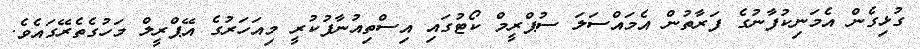
ގުޅިގެން އެމަނިކުފާނުގެ ފަރާތުން އެމައްސަލަ ސުޕްރީމް ކޯޓުގައި އިސްތިއުނާފުކުރީ މިއަހަރުގެ އޭޕްރީލް މަހުގެތެރޭގައެވެ.